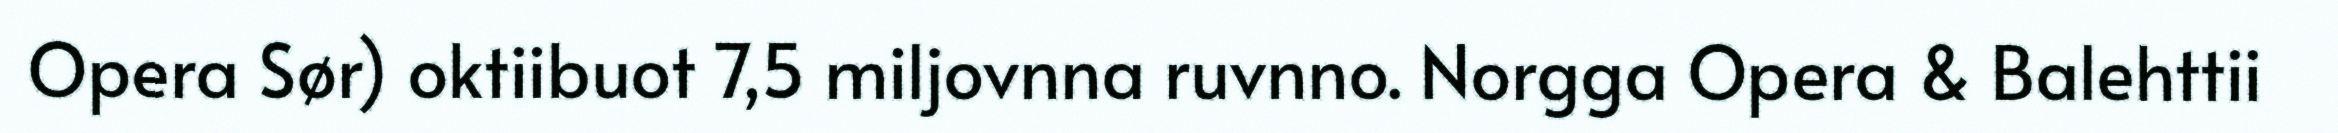
Opera Sør) oktiibuot 7,5 miljovnna ruvnno. Norgga Opera & Balehttii